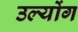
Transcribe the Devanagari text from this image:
उल्योंग